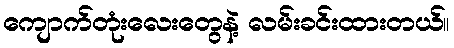
ကျောက်တုံးလေးတွေနဲ့ လမ်းခင်းထားတယ်။